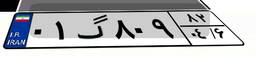
۰۱گ۸۰۹۸۲